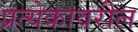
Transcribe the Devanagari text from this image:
प्रत्येकावरील